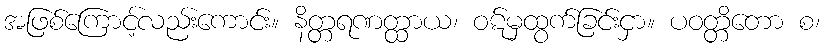
အဖြစ်ကြောင့်လည်းကောင်း။ နိတ္တရဏတ္ထာယ၊ ဝဋ်မှထွက်ခြင်းငှာ။ ပဝတ္တိတော စ၊